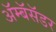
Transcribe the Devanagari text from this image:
ॲम्बॅसॅडर